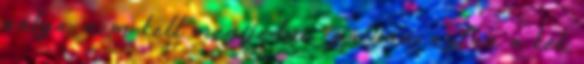
pálya, nem kell megijedni , pályán, aztán a kék